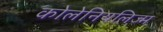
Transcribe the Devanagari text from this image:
कोलेनियलिज्म